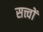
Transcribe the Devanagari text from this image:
सत्त्वों